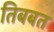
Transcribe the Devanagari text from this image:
तिबबत